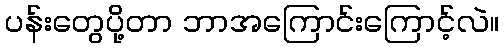
ပန်းတွေပို့တာ ဘာအကြောင်းကြောင့်လဲ။